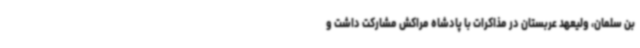
بن سلمان، ولیعهد عربستان در مذاکرات با پادشاه مراکش مشارکت داشت و